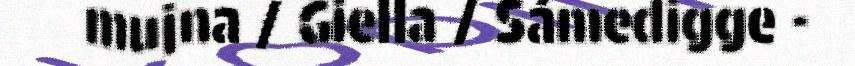
mujna / Giella / Sámedigge -